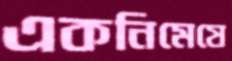
একনিমেষে